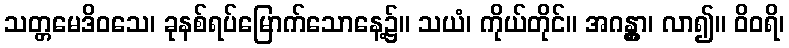
သတ္တမေဒိဝသေ၊ ခုနစ်ရပ်မြောက်သောနေ့၌။ သယံ၊ ကိုယ်တိုင်။ အဂန္တွာ၊ လာ၍။ ဝိဝရိ၊